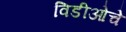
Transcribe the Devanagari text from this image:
विडीओचे